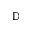
\mathbb { D }